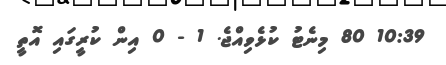
10:39 80 މިނެޓު ކުޅެވިއްޖެ. 1 - 0 އިން ކުރީގައި އޮތީ